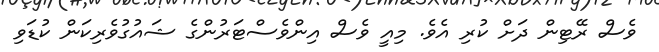
ވެސް ރޭޓިން ދަށް ކުރި އެވެ. މިއީ ވެސް އިންވެސްޓަރުންގެ ޝައުގުވެރިކަން ކުޑަވި